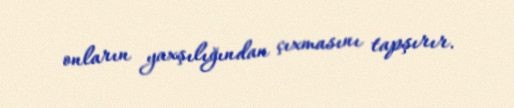
onların yaxşılığından çıxmasını tapşırır.